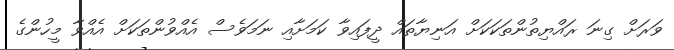
ވަރަށް ގިނަ ރައްޔިތުންތަކަކަށް އަނިޔާތައް ދީފައިވާ ކަމަށާއި ނަމަވެސް އެއްވުންތަކަށް އެއްވާ މީހުންގެ